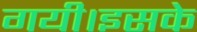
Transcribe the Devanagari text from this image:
गयी।इसके